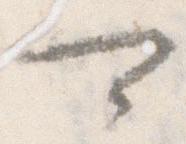
可